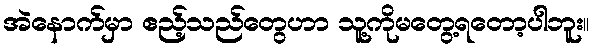
အဲနောက်မှာ ဧည့်သည်တွေဟာ သူ့ကိုမတွေ့ရတော့ပါဘူး။